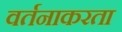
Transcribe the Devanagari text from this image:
वर्तनाकरता